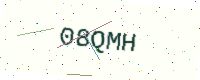
Text: 08QMH